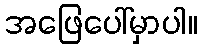
အဖြေပေါ်မှာပါ။